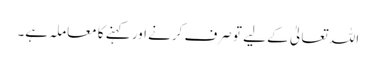
اللہ تعالیٰ کے لیے تو صرف کرنے اور کہنے کا معاملہ ہے۔